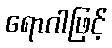
ရောဂါဖြင့်